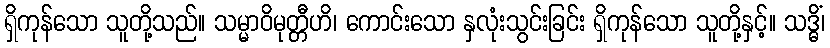
ရှိကုန်သော သူတို့သည်။ သမ္မာဝိမုတ္တီဟိ၊ ကောင်းသော နှလုံးသွင်းခြင်း ရှိကုန်သော သူတို့နှင့်။ သဒ္ဓိံ၊